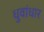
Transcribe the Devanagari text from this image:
धुवांधार